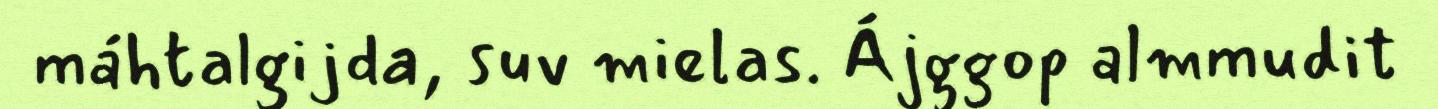
máhtalgijda, suv mielas. Ájggop almmudit